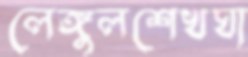
লেঙ্গুলশেখঘা